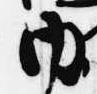
内